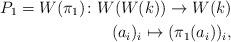
LaTeX: \begin{align*}P_1=W(\pi_1) \colon W(W(k)) \to W(k) \\(a_i)_i \mapsto (\pi_1(a_i))_i,\end{align*}